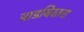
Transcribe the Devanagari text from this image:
बाडबिस्तरा